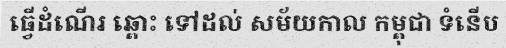
ធ្វើដំណើរ ឆ្ពោះ ទៅដល់ សម័យកាល កម្ពុជា ទំនើប